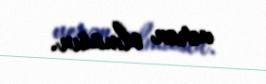
verən olmasın.